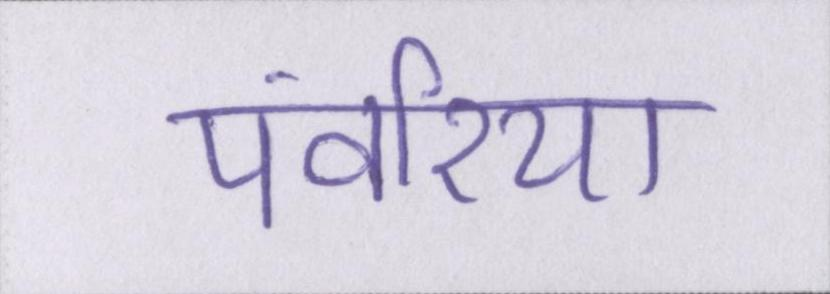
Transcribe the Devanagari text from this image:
पंवरिया